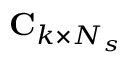
\mathbf { C } _ { k \times N _ { s } }